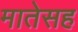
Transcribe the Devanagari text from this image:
मातेसह